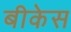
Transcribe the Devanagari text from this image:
बीकेस